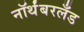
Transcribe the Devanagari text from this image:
नॉर्थंबरलँड